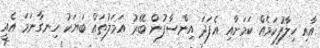
އާއި ހިލާފުކަމެއް ކަމަށާއި އެފަދަ އިންސާފުން ބޭރު އަމަލުތައް ބަޔަކު ހިނގާނަމަ އެއީ